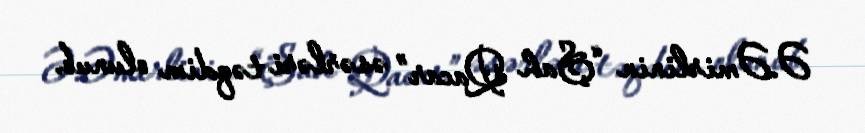
Ə.Əmirlinin “Şah Qacar” əsərləri təqdim olunub.